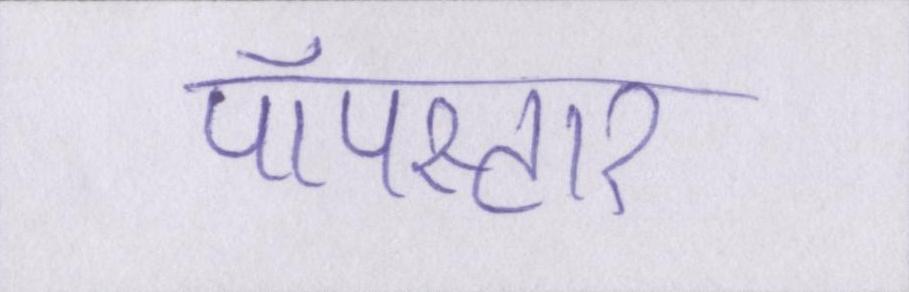
पॉपस्टार